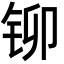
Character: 铆